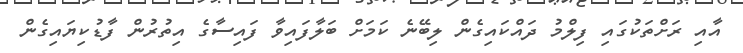
އާއި ރަށްތަކުގައި ފިލްމު ދައްކައިގެން ލިބޭނެ ކަމަށް ބަލާފައިވާ ފައިސާގެ އިތުރުން ފާޑުކިޔައިގެން